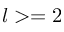
l > = 2